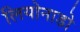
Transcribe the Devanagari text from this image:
लियोनाडो